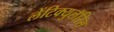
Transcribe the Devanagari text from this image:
लेंटिक्युलॅरिस